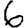
Digit: 6